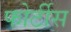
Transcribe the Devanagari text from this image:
फोर्टीस